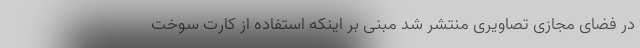
در فضای مجازی تصاویری منتشر شد مبنی بر اینکه استفاده از کارت سوخت